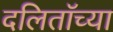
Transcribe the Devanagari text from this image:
दलिताॅच्या